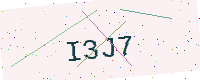
Text: I3J7